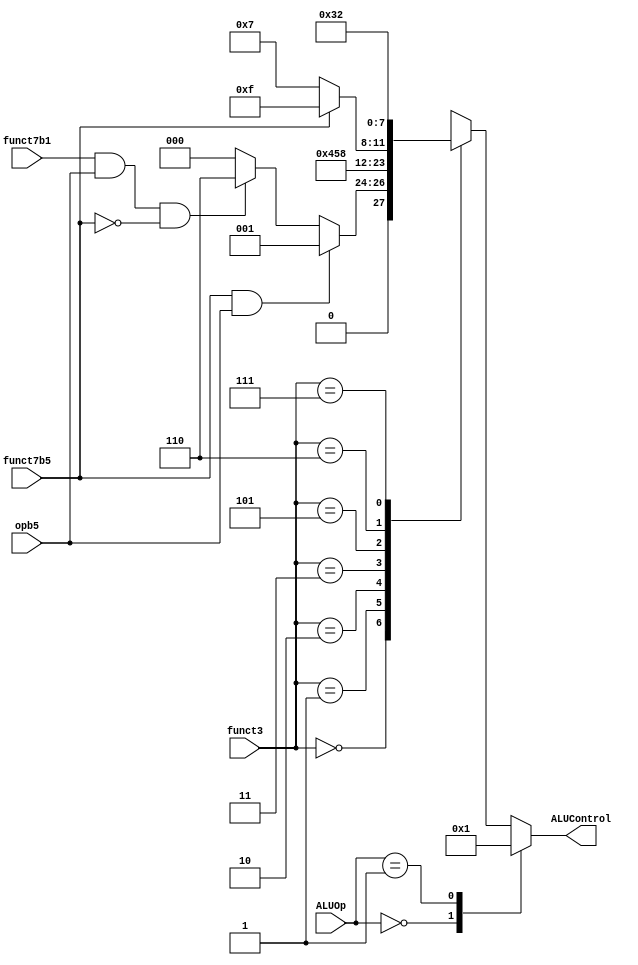
/*
	Name: ALU Decoder
	Description: Receives control signal from the Main Decoder Unit and 
	determines the type of operation that has to be performed by the ALU
*/



module aludec(
input       opb5,
input  [2:0] funct3,
input        funct7b5, funct7b1,
input  [1:0] ALUOp,

output reg [3:0] ALUControl);
	
wire RtypeSub, RtypeMul;

assign RtypeSub = funct7b5 & opb5; // TRUE for R-type subtract
assign RtypeMul = funct7b1 & opb5 & (~funct7b5); // TRUE for R-type mul

always @ * begin
	case(ALUOp)
		2'b00: ALUControl = 4'b0000; // addition
		2'b01: ALUControl = 4'b0001; // subtraction
		default: case(funct3) // Rtype or Itype ALU
			3'b000: 
			   if (RtypeSub) begin
				ALUControl = 4'b0001;end  // sub
				else if (RtypeMul) begin
				ALUControl = 4'b0110;end // MUL
			else
				ALUControl = 4'b0000;// add, addi
				
			3'b001: ALUControl = 4'b0100; // sll, slli
			3'b010: ALUControl = 4'b0101; // slt, slti
			3'b011: ALUControl = 4'b1000; // sltu, sltiu
			//3'b100: ALUControl = 4'b0110; // xor, xori
			
			3'b101: if (~funct7b5)
				ALUControl = 4'b0111;	// srl
			else
				ALUControl = 4'b1111;  // sra
			3'b110: ALUControl = 4'b0011; // or, ori
			3'b111: ALUControl = 4'b0010; // and, andi
			default: ALUControl = 4'bxxxx; // ???
			
			endcase
	endcase
end
endmodule